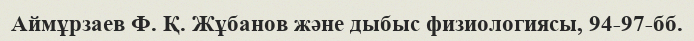
Аймұрзаев Ф. Қ. Жұбанов және дыбыс физиологиясы, 94-97-бб.